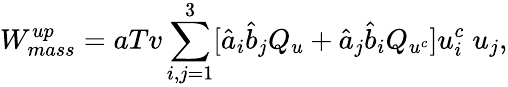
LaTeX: W_{mass}^{up}=aTv\sum_{i,j=1}^{3}[\hat{a}_{i}\hat{b}_{j}Q_{u}+\hat{a}_{j}\hat{b}_{i}Q_{u^{c}}]u_{i}^{c}\; u_{j},